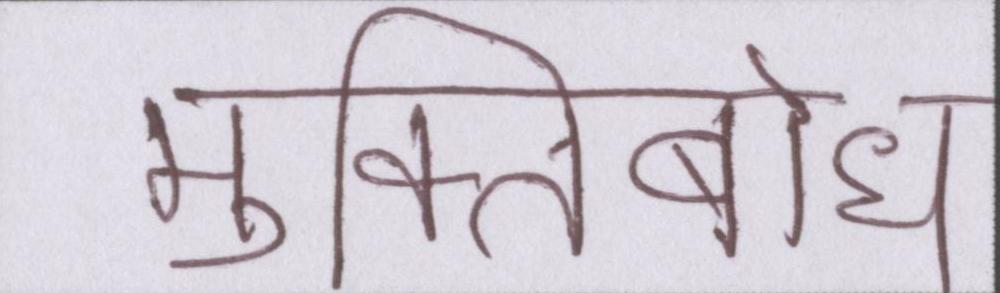
मुक्तिबोध